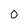
Character: O